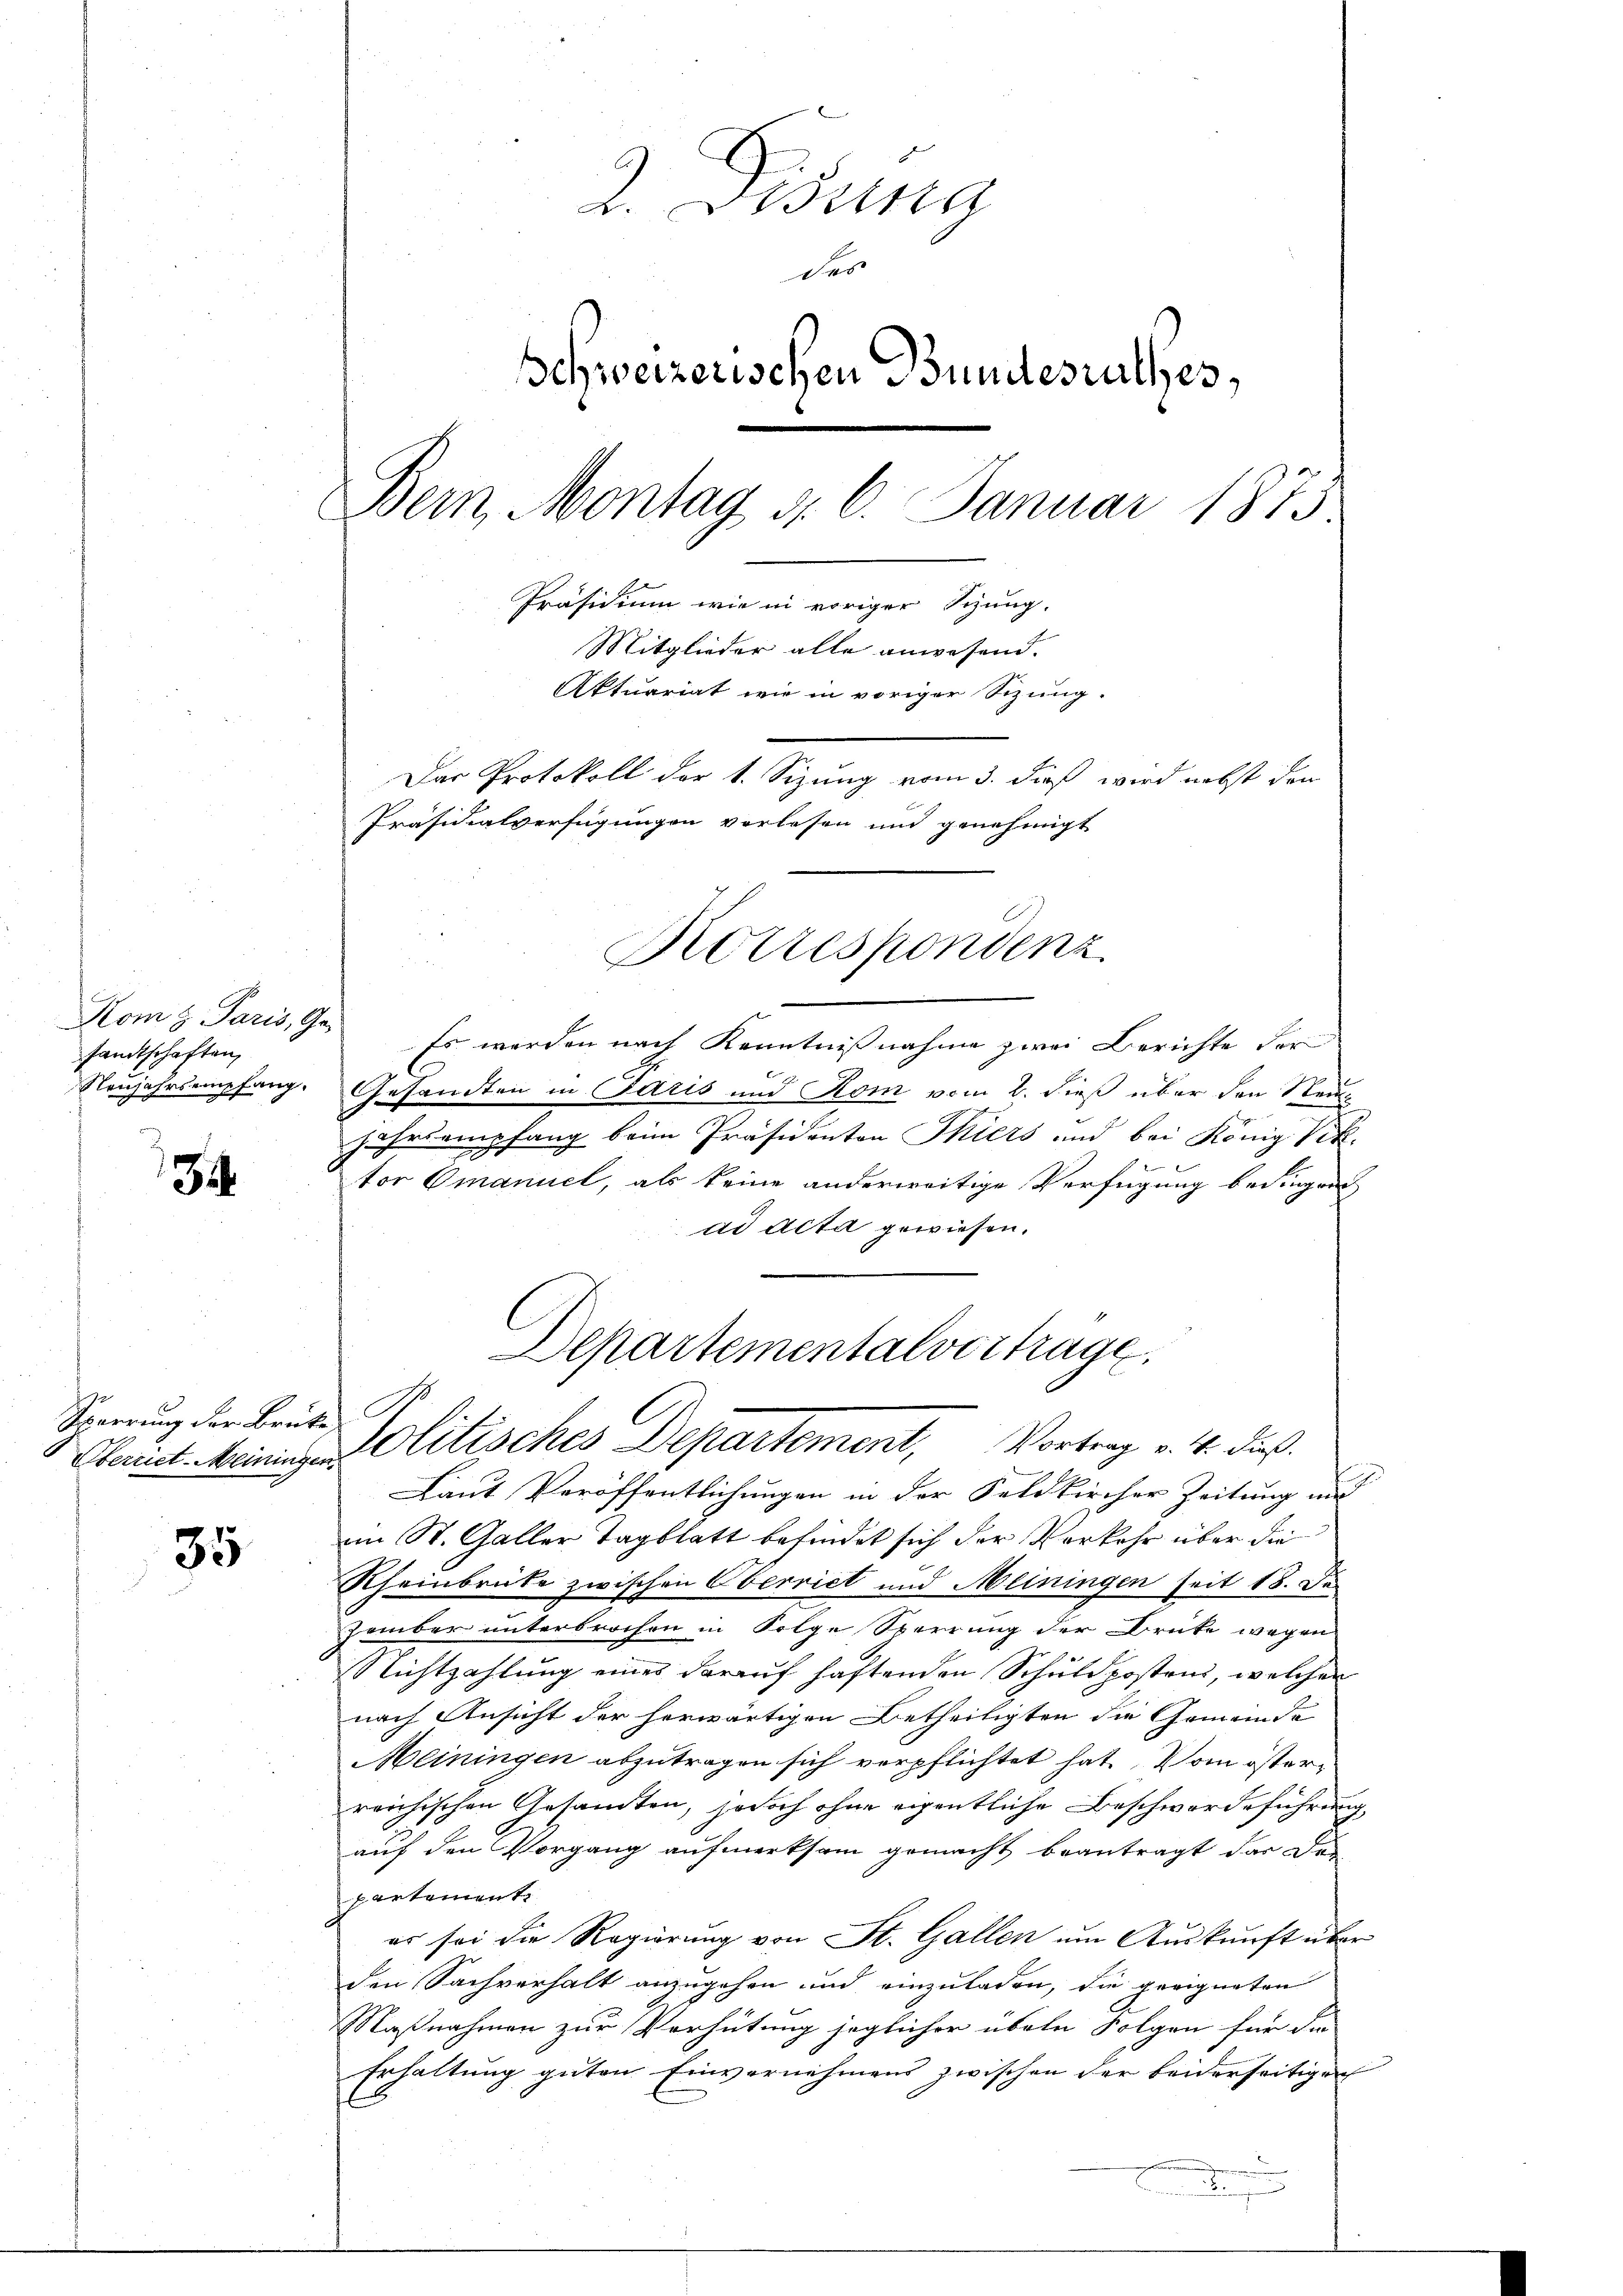
Kom z. Paris, Ge-
sandtschaften,
Neujahrsempfang.

34

Sperrung der Brüte

35

2. Disena
das
Schweizerischen Bundesrathes,
Bern, Montag d. 6. Januar 1873.
Präsidium wie in voriger Sitzung.
Mitglieder alle anwesend.
Aktuariat wie in voriger Sitzung.
Das Protokoll der 1. Sizung vom 3. dieß wird nebst den
Präsidialverfügungen vorlesen und genehmigt

Es werden nach Kenntnißnahme zwei Berichte der
x
Gesandten in Paris und Rom vom 2. dieß über den Neujahrs empfang beim Präsidenten Thiers und bei König Vik.
tor Omanuel, als keine anderweitige Verfügung bedingen
ad Acta gewiesen.
Laut Veröffentlichungen in der Feldkircher Zeitung und
im St. Galler Tagblatt befindet sich der Vorkehr über die
Rheinbrücke zwischen Oberriet und Meiningen seit 18. De
zember unterbrochen in Folge Sperrung der Brüke wegen
Nichtzahlung eines darauf haftenden Schuldpostens, welcher
nach Ansicht der herwärtigen Betheiligten die Gemeinde
Meiningen abzutragen sich verpflichtet hat. Vom österreichischen Gesamten, jedoch ohne eigentliche Beschwerdeführung,
auf den Vorgang aufmerksam gemacht beantragt das Dor
partement
er sei die Regierung von St. Gallen um Auskunft über
den Sachverhalt anzugehen und einzuladen, die geeigneten
A
Maßnahmen zur Verhütung jeglicher übeln Folgen für die
Erhaltung guten Einvernehmens zwischen der beiderseitigen
2

Korrespondenz

Departementalvertrage,
Oenidt Meiningen Olitisches Departement, Vortrag v. 4. dieß.